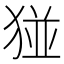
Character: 𪻁